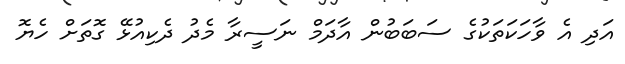
އަދި އެ ވާހަކަތަކުގެ ސަބަބުން އާދަމް ނަސީރާ މެދު ދެކިއުޅޭ ގޮތަށް ހެޔޮ